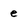
Character: e